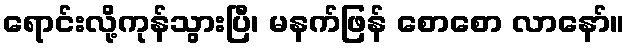
ရောင်းလို့ကုန်သွားပြီ၊ မနက်ဖြန် စောစော လာနော်။